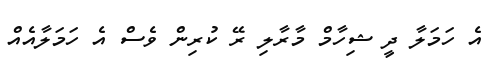
އެ ހަމަލާ ދީ ޝިހާމް މާރާލި ރޭ ކުރިން ވެސް އެ ހަމަލާއެއް